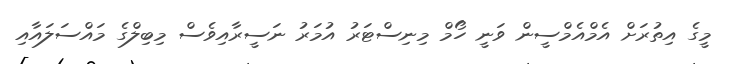
މީގެ އިތުރަށް އެމްއެމްސީން ވަނީ ހޯމް މިނިސްޓަރު އުމަރު ނަސީރާއިވެސް މިބިލްގެ މަައްސަލައާއި